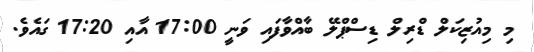
މި މިއުޒިކަލް ޑްރިލް ޑިސްޕްލޭ ބާއްވާފައި ވަނީ 17:00 އާއި 17:20 ގައެވެ.